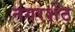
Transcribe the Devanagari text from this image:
नगरशेठ